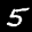
Label: 5